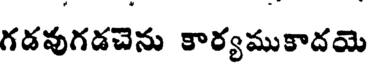
గడవుగడచెను కార్యముకాదయె